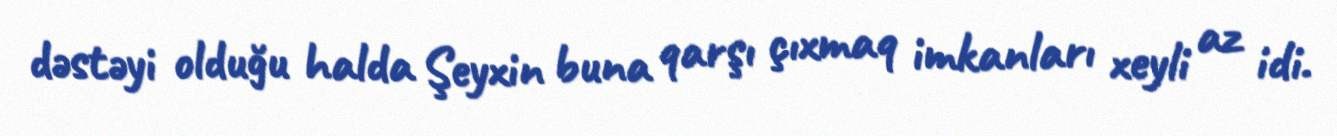
dəstəyi olduğu halda Şeyxin buna qarşı çıxmaq imkanları xeyli az idi.